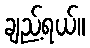
ချည့်ရယ်။